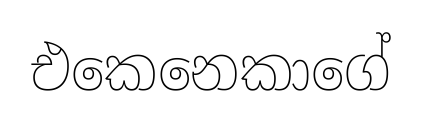
එකෙනෙකාගේ